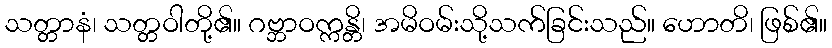
သတ္တာနံ၊ သတ္တဝါတို့၏။ ဂဗ္ဘာဝက္ကန္တိ၊ အမိဝမ်းသို့သက်ခြင်းသည်။ ဟောတိ၊ ဖြစ်၏။